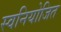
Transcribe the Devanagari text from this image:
स्वनियोजित